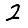
Digit: 2